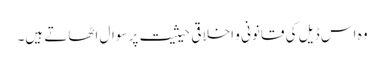
وہ اس ڈیل کی قانونی و اخلاقی حیثیت پر سوال اٹھاتے ہیں۔